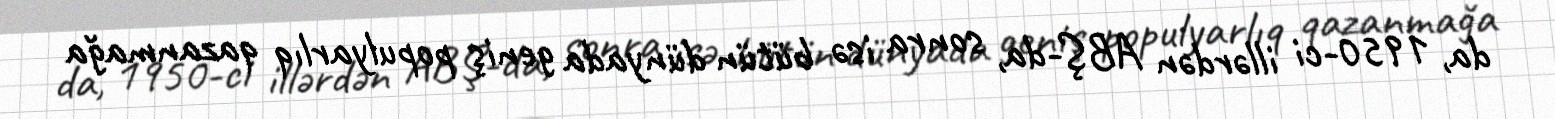
da, 1950-ci illərdən ABŞ-da, sonra isə bütün dünyada geniş populyarlıq qazanmağa